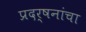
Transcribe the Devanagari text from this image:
प्रदर्षनांचा